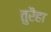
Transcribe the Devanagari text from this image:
तुरैहा